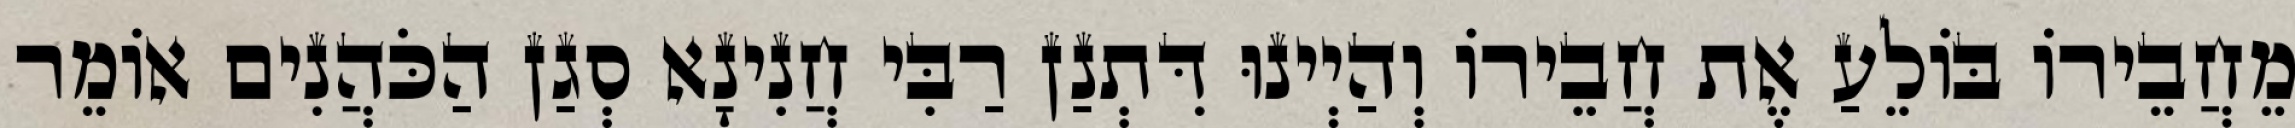
מֵחֲבֵירוֹ בּוֹלֵעַ אֶת חֲבֵירוֹ וְהַיְינוּ דִּתְנַן רַבִּי חֲנִינָא סְגַן הַכֹּהֲנִים אוֹמֵר